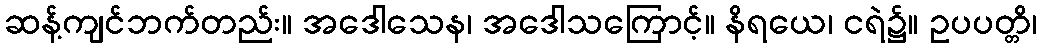
ဆန့်ကျင်ဘက်တည်း။ အဒေါသေန၊ အဒေါသကြောင့်။ နိရယေ၊ ငရဲ၌။ ဥပပတ္တိ၊